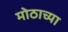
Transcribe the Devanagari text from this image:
मोठाच्या